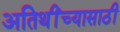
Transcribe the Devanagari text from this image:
अतिथींच्यासाठी